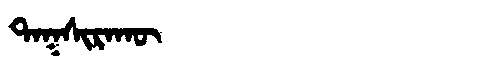
Manchu: ᡨᠠᡴᠰᡳᡵᠠᡴᡡ
Romanization: TAKSIRAKŪ